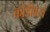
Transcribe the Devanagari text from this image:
कोंडीवरचे